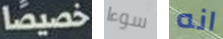
خصيصا سوءا انه